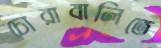
চোরাবালিতে